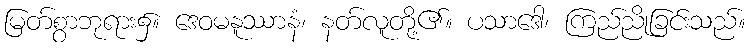
မြတ်စွာဘုရား၌။ ဒေဝမနူဿာနံ၊ နတ်လူတို့၏။ ပသာဒေါ၊ ကြည်ညိုခြင်းသည်။